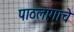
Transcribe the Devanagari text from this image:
पाठलागाचे